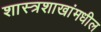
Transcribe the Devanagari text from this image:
शास्त्रशाखांमधील